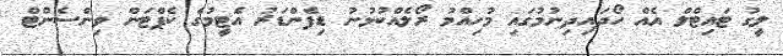
ލީގު ޓައިޓްލް އެއް ހޯދައިދިނުމުގައި މުހިއްމު ރޯލެއްކުޅުނު ޑިފެންޑަރު އެޓީމުގެ ކެޕްޓަން ވިންސެންޓް